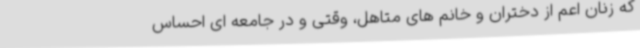
که زنان اعم از دختران و خانم های متاهل، وقتی و در جامعه ای احساس